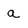
Character: a